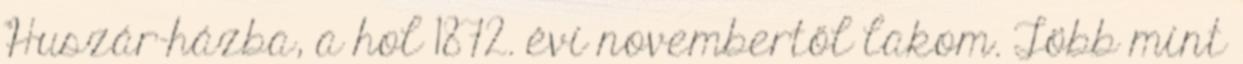
Huszár-házba, a hol 1872. évi novembertől lakom. Több mint